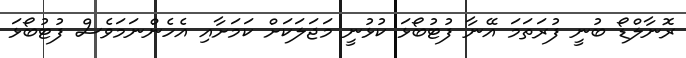
ރޮނާލްޑޯ ބުނީ ފުރަތަމަ އޭނާ ފުޓުބޯޅަ ކުޅުނީ މަޖަލަކަށް ކަމަށާއި އެހެންނަމަވެސް ފުޓުބޯޅަ